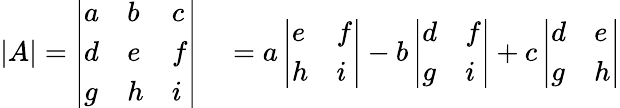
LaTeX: \begin{array}{rl}{|A|={\left|\begin{array}{lll}{a}&{b}&{c}\\ {d}&{e}&{f}\\ {g}&{h}&{i}\end{array}\right|}}&{{}=a\, {\left|\begin{array}{ll}{e}&{f}\\ {h}&{i}\end{array}\right|}-b\, {\left|\begin{array}{ll}{d}&{f}\\ {g}&{i}\end{array}\right|}+c\, {\left|\begin{array}{ll}{d}&{e}\\ {g}&{h}\end{array}\right|}}\end{array}